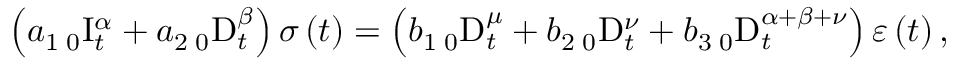
\left( a _ { 1 } \, _ { 0 } \mathrm { I } _ { t } ^ { \alpha } + a _ { 2 } \, _ { 0 } \mathrm { D } _ { t } ^ { \beta } \right) \sigma \left( t \right) = \left( b _ { 1 } \, _ { 0 } \mathrm { D } _ { t } ^ { \mu } + b _ { 2 } \, _ { 0 } \mathrm { D } _ { t } ^ { \nu } + b _ { 3 } \, _ { 0 } \mathrm { D } _ { t } ^ { \alpha + \beta + \nu } \right) \varepsilon \left( t \right) ,